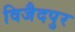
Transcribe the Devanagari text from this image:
विजैदपुर